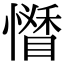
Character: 𢣊